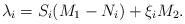
LaTeX: \begin{align*} \lambda_i={}& S_i(M_1-N_i)+\xi_iM_2.\end{align*}